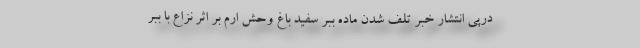
درپی انتشار خبر تلف شدن ماده ببر سفید باغ وحش ارم بر اثر نزاع با ببر